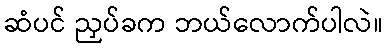
ဆံပင် ညှပ်ခက ဘယ်လောက်ပါလဲ။